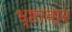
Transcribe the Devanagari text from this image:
भ्र्ष्टाचार